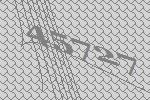
45727